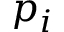
p _ { i }